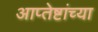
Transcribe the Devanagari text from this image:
आप्‍तेष्टांच्या